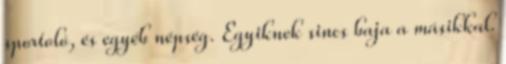
sportoló, és egyéb népség. Egyiknek sincs baja a másikkal.